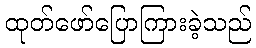
ထုတ်ဖော်ပြောကြားခဲ့သည်